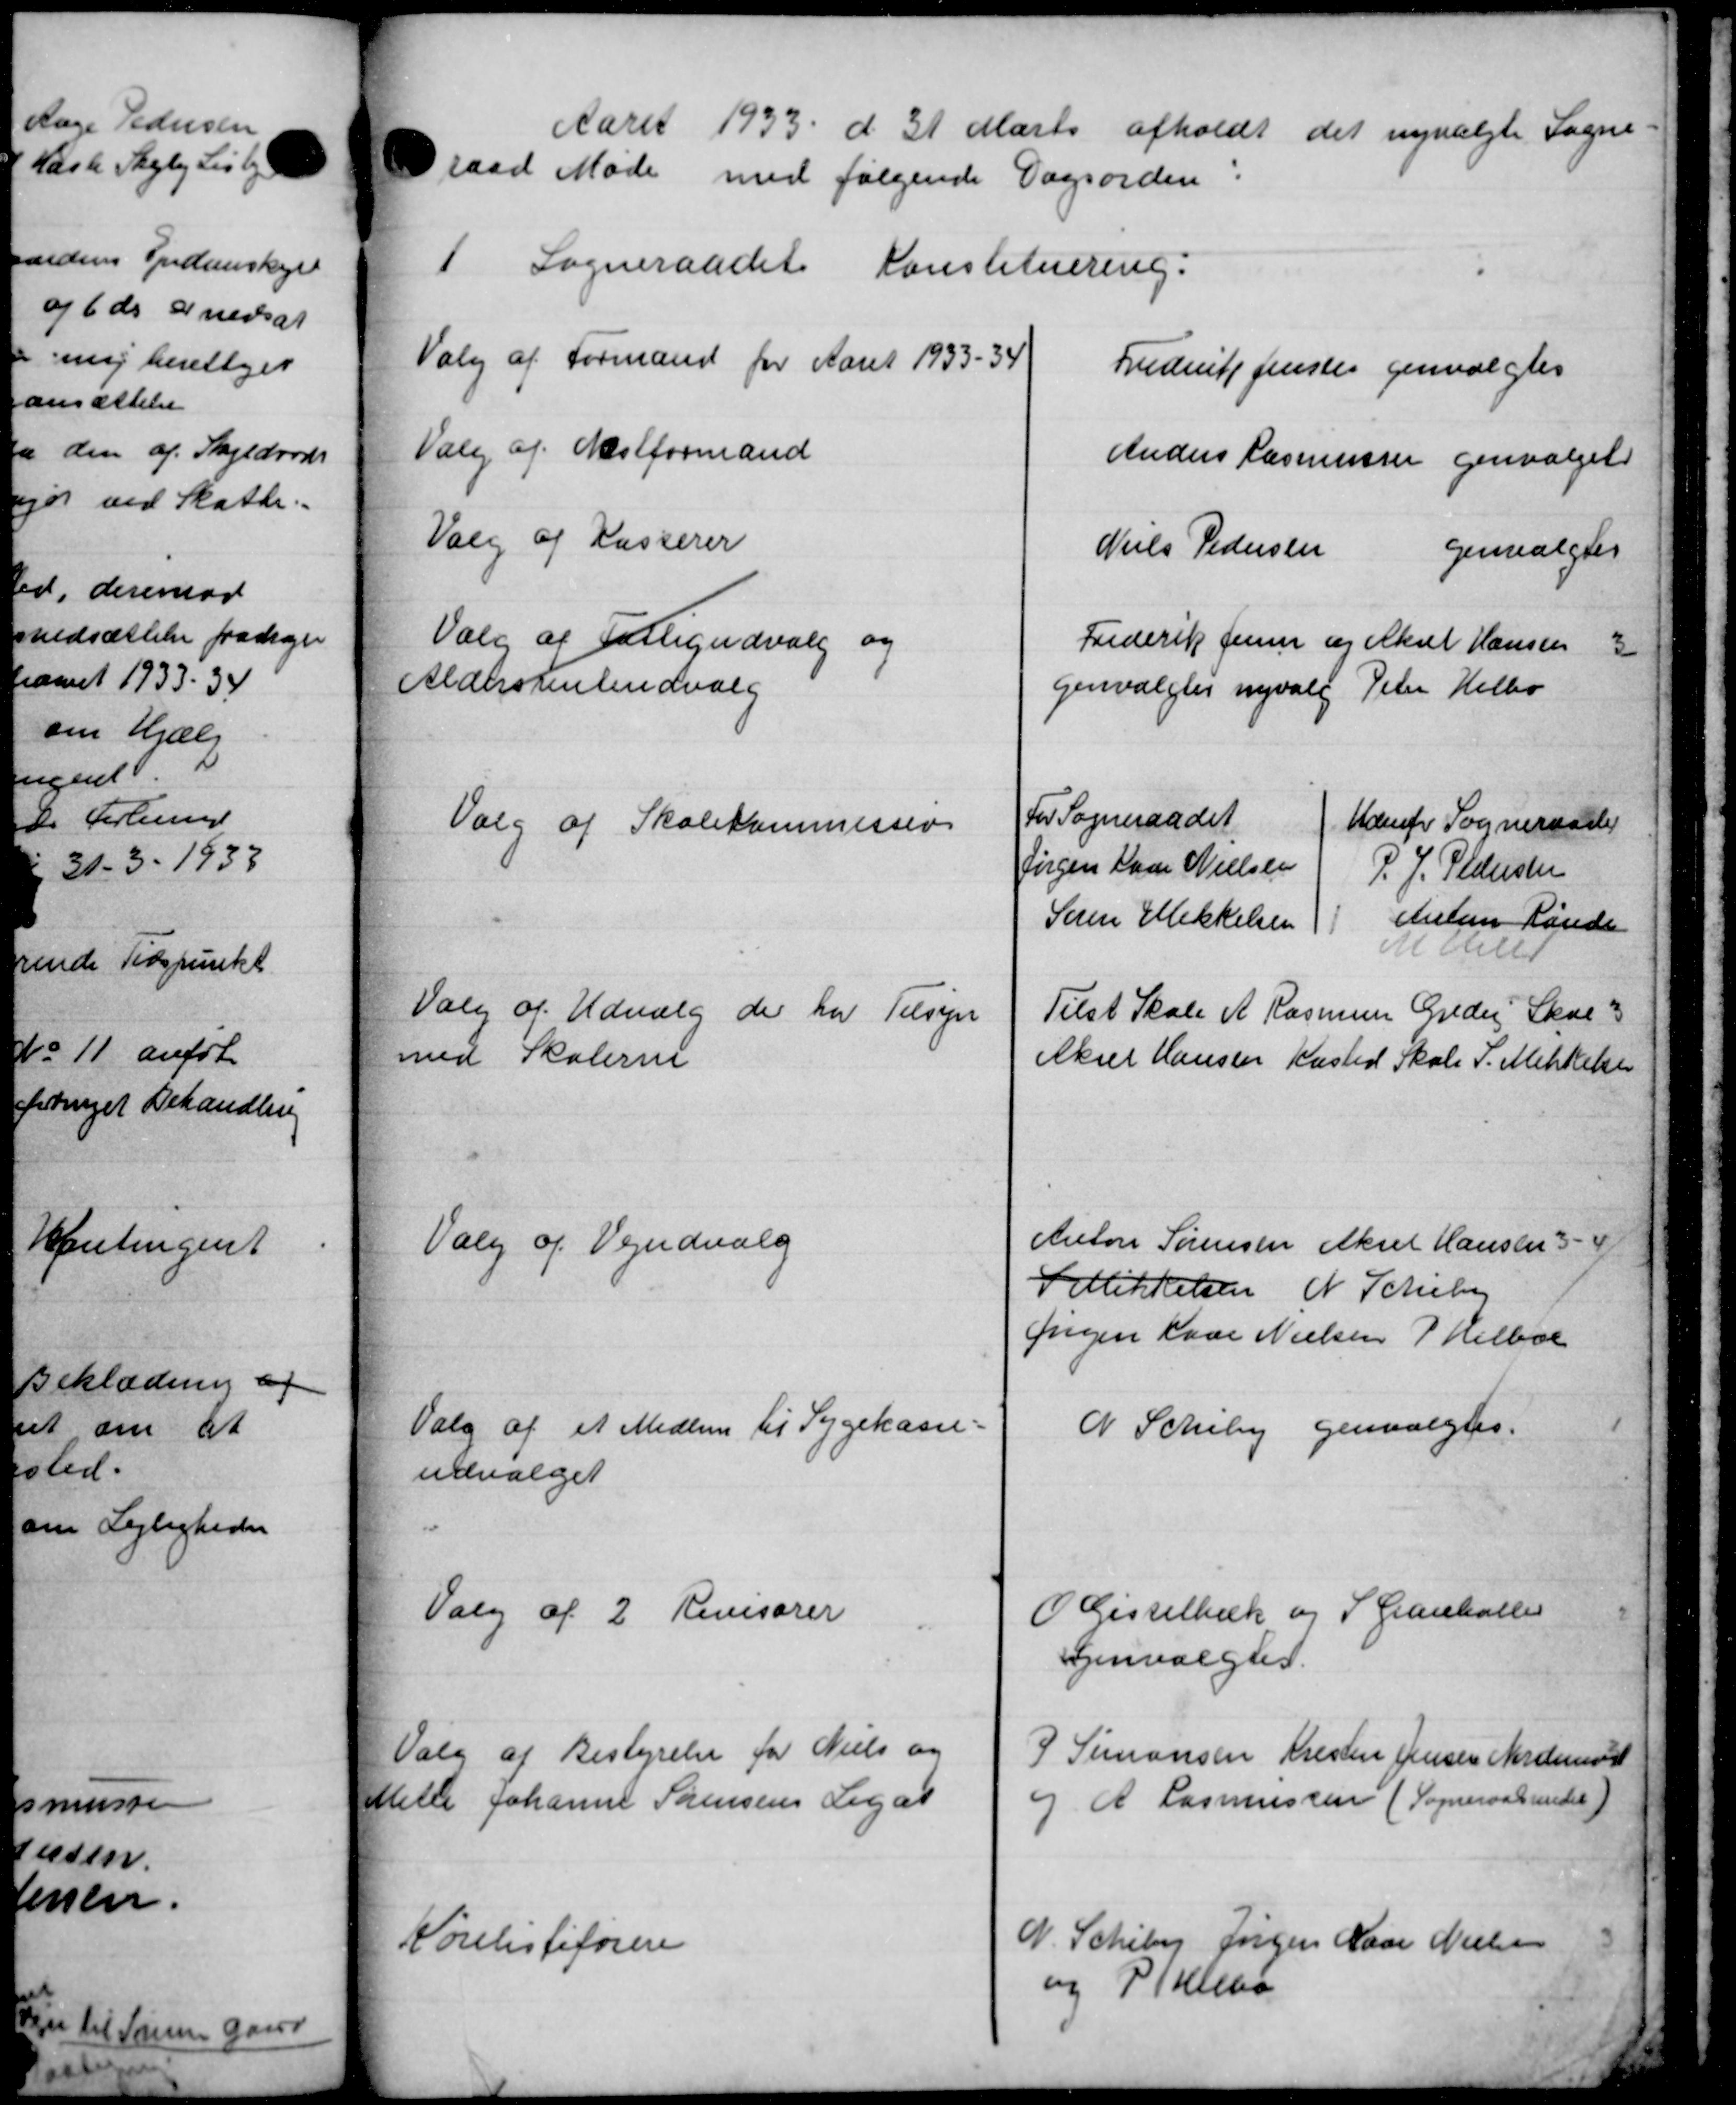
Transskription:
Aaret 1933 d. 31 Marts afholdt det nyvalgte Sogne=
raad Møde med følgende Dagsorden
1
Sogneraadet Konstituering.
Valg af Formand for Aaret 1933 - 34
Frederik Jensen genvalgtes
Valg af Næstformand
Anders Rasmussen genvalget
Valg af Kasserer
Niels Pedersen genvalgtes
Valg af Fattigudvalg og
Frederik Jensen og Aksel Hansen 3
Aldersrenteudvalg
genvalgtes nyvalg Peter Helbo
For Sogneraadet
Udenfor Sogneraadet
Valg af Skolekommission
Jørgen Haar Nielsen
P. J. Pedersen
Søren Mikkelsen
Aulin Landsen
M telet
Valg af Udvalg der har Tilsyn
med Skolerne
Tilst Skole A Rasmussen Greder Skole 3
Aksel Hansen Kasted Skole P. Mikkelsen
Valg og Vejudvalg
Anton Sørensen Aksel Hansen 3 - 4
Felikkelsen N. Schebe
Jørgen Have Nielsen P. Helboe
Valg af et Medlem til Sygekasse-
dvalget
N. Scheby genvalgtes.
Valg af 2 Revisorer
O Gisselbæk og S. Granhaller
Genvalgtes.
Valg af Bestyrelse for Niels og
elle Johanne Sørensens Legat
J Simonsen Kresten Jensen Nordemon
o A Rasmussen (Sogneraadsmedel)
Korelisteføren
N. Schiber Jørgen Naar Nielsen
og P. Julebo